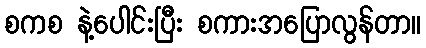
စကစ နဲ့ပေါင်းပြီး စကားအပြောလွန်တာ။